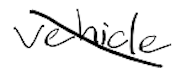
Text: vehicle
Cross-out: diagonal
Writing tool: digital_black